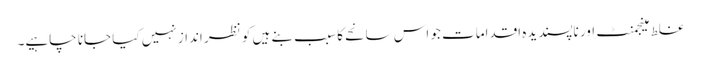
غلط مینجمنٹ اور ناپسندیدہ اقدامات جو اس سانحے کا سبب بنے ہیں کو نظر انداز نہیں کیا جانا چاہیے۔